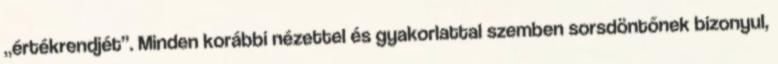
„értékrendjét”. Minden korábbi nézettel és gyakorlattal szemben sorsdöntőnek bizonyul,